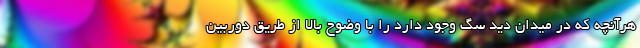
هرآنچه که در میدان دید سگ وجود دارد را با وضوح بالا از طریق دوربین